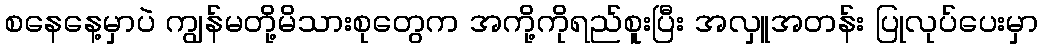
စနေနေ့မှာပဲ ကျွန်မတို့မိသားစုတွေက အကို့ကိုရည်စူးပြီး အလှူအတန်း ပြုလုပ်ပေးမှာ